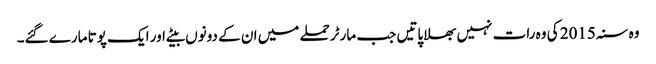
وہ سنہ 2015 کی وہ رات نہیں بھلا پاتیں جب مارٹر حملے میں ان کے دونوں بیٹے اور ایک پوتا مارے گئے۔